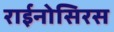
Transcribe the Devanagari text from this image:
राईनोसिरस